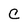
Character: C